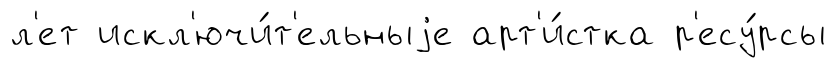
л'ет искл'ючи́т'ельныjе арт'и́стка р'есу́рсы